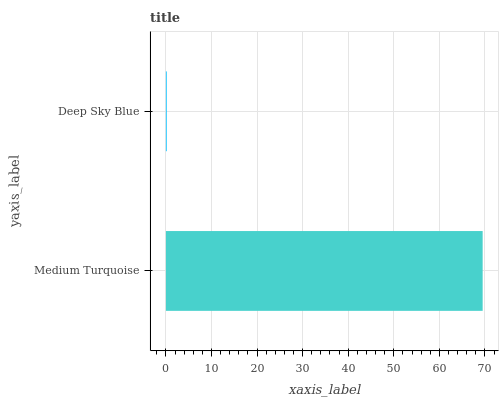
| yaxis_label | bars |
 | --- | --- |
 | Medium Turquoise | 69.5 |
 | Deep Sky Blue | 0.175 |